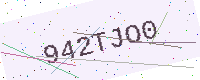
Text: 942TJO0